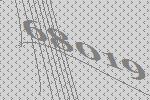
68019